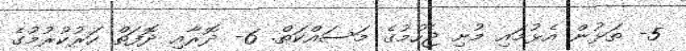
5- ތަޅުން އެޅުމައި މުށި ޖެހުމުގެ މަސައްކަތް. 6- ދޮރާއި ދޮފަތް ހަރުކުރުމުގެ